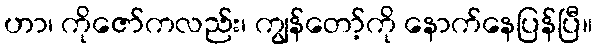
ဟာ၊ ကိုဇော်ကလည်း၊ ကျွန်တော့်ကို နောက်နေပြန်ပြီ။